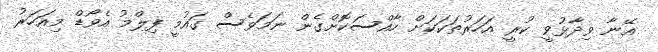
އޭނާ ވިދާޅުވީ ކުރީ އަހަރުތަކަކަށް ހާއްސަކޮށްގެން ނަމަވެސް ގައުމީ ފިލްމު އެވޯޑް މިއަހަރު